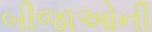
બીજાઓની